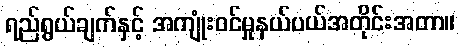
ရည်ရွယ်ချက်နှင့် အကျုံးဝင်မှုနယ်ပယ်အတိုင်းအတာ။